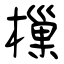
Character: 樔